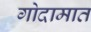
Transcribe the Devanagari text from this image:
गोदामात